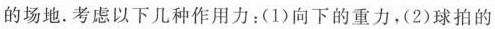
的场地。考虑以下几种作用力：(1)向下的重力，(2)球拍的